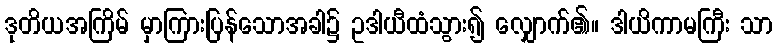
ဒုတိယအကြိမ် မှာကြားပြန်သောအခါ၌ ဥဒါယီထံသွား၍ လျှောက်၏။ ဒါယိကာမကြီး သာ